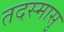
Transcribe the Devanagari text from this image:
तदस्मासु